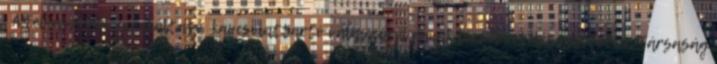
. A Felhasználó munkáltató kapcsolattartó válaszáról annak kézhezvételét követően a Társaság